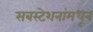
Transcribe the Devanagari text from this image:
सबस्टेशनांमधून